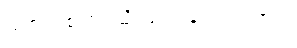
သစ်တစ်တုံးသို့ သုဉ်းခဲ့ပါကလား။